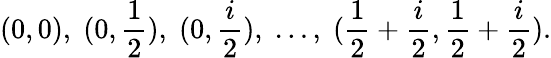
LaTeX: (0,0),\; (0,\frac{1}{2}),\; (0,\frac{i}{2}),\; \ldots,\; (\frac{1}{2}+\frac{i}{2},\frac{1}{2}+\frac{i}{2}).